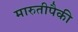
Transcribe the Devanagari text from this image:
मारुतीपैकी